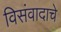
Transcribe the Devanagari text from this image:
विसंवादाचे